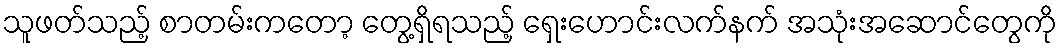
သူဖတ်သည့် စာတမ်းကတော့ တွေ့ရှိရသည့် ရှေးဟောင်းလက်နက် အသုံးအဆောင်တွေကို